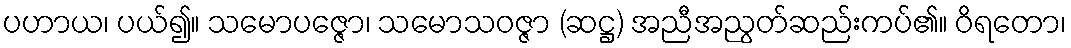
ပဟာယ၊ ပယ်၍။ သမောပဇ္ဇော၊ သမောသဝဇ္ဇာ (ဆဋ္ဌ) အညီအညွတ်ဆည်းကပ်၏။ ဝိရတော၊